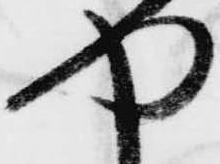
や